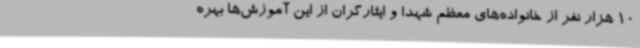
10 هزار نفر از خانواده‌های معظم شهدا و ایثارگران از این آموزش‌ها بهره